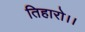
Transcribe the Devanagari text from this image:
तिहारो।।